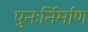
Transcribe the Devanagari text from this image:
पुनःर्निर्माण